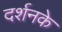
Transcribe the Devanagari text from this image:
दर्शनके